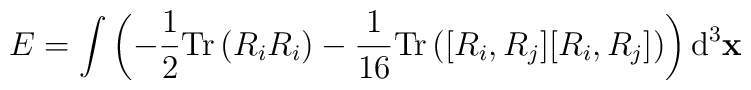
E = \int \left( -\frac{1}{2} {\rm Tr} \left( R_i R_i \right) - \frac{1}{16} {\rm Tr} \left( [R_i, R_j][R_i,R_j] \right) \right) {\rm d}^3 {\bf x}